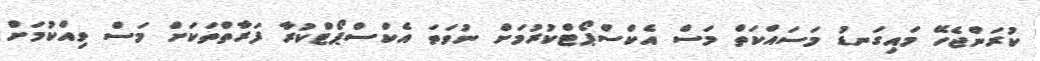
ކުރަންޖެހޭ މައިގަނޑު މަސައްކަތް މަސް އެކްސްޕޯޓްކުރުމަށް ނުވަތަ އެކްސްޕޯޓްކުރާ ފަރާތްތަކަށް މަސް ވިއްކުމަށް